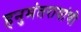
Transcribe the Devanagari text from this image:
हनुमंतरायांची